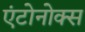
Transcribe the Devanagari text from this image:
एंटोनोक्स